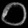
Digit: ၀